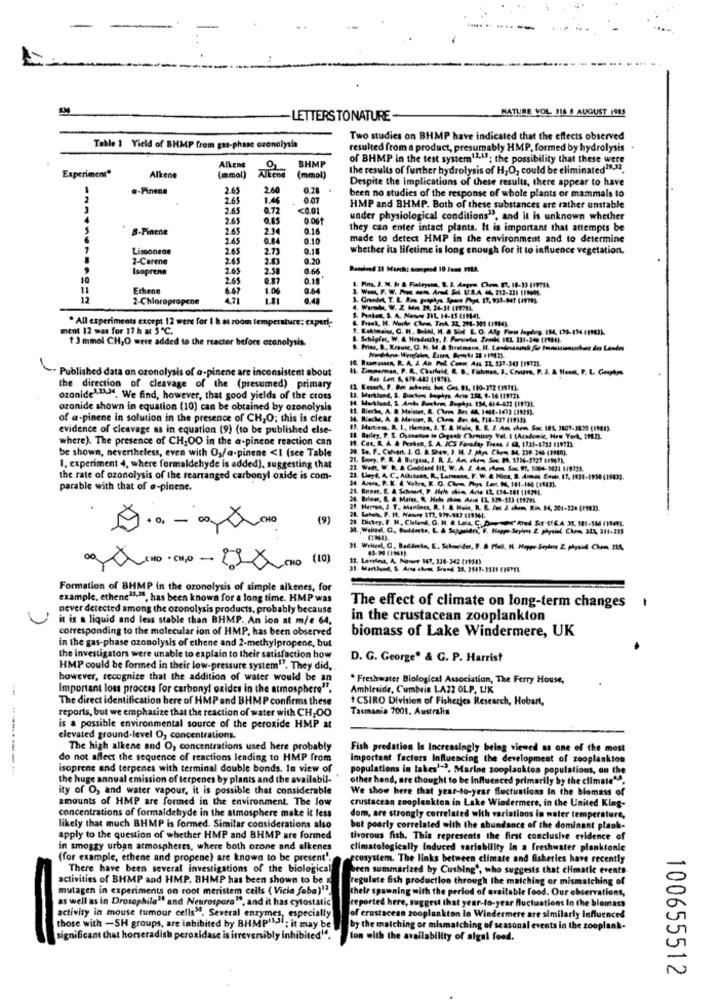
NATURE VOL 316 8 AUGUST 1915
LETTERS TONATURE -
Two studies on BHMP have indicated that the effects observed
Table 1 Yield of 8HMP from gas-phase ozonolysis
resulted from a product, presumably HMP, formed by hydrolysis
of BHMP in the test system12,13; the possibility that these were
Experiment"
Alken
(mmel)
BHMP
the results of further hydrolysis of H2O, could be eliminated29.32.
Alkene
Alien
Despite the implications of these results, there appear to have
.- Pinene
2.65
2.60
2.65
1.46
0.07
been no studies of the response of whole plants or mammals to
2.65
0.72
<0.01
HMP and BHMP. Both of these substances are rather unstable
2.65
0.85
under physiological conditions", and it is unknown whether
B-Pinene
2.65
23
0.16
they can enter intact plants. It is important that attempts be
2.65
0.10
made to detect HMP in the environment and to determine
Limonene
2.65
0.18
whether its lifetime is long enough for it to influence vegetation.
2-Carene
2.65
2.83
0 20
Isoprene
2.65
2.58
0.66
2.65
0.87
0.18
1. Png, J. M. In & Fialeysha, B. A. Anprm. Chrms It, 18-33 -11975k.
Ethene
367
1.06
0.64
12
2-Chloropropene
. All experiments except 12 were for 1 h at room temperature: experi-
S. Pantes, S. A. Nowe 311, 14-15 (191-4).
6. Frast, H. Narhe. CMen TreA, 32, 241-305 (1994).
ment 12 was for 17 h at 5 ℃.
1 3 mmol CH,O were added to the reactor before ezenolysis.
1. Schlofer, W. A Hoodeuhy, I. Paroles Zenki 161. 231-346 (1994).
. Published data on ozonolysis of a-pinene are inconsistent about
IL Zimmerman, P. R ., Chufield, R. B ., Fishman, I, Cours, P. J. A Haast, P. L. Conphys
Res Len A, 679-422 11978).
the direction of cleavage of the (presumed) primary
Krasch, F. Om sekeris het Ges. #1, 110-272 (1931).
ozonide1.1A.M. We find, however, that good yields of the cross
1. Marklund, S. Bockins Hophya, Arto 152, 9-16 11972).
14. Muslund, S. Ante Boxchom, Bughys. 154, 664-472 (1973].
ozanide shown in equation (10) can be obtained by ozonolysis
of a-pinene in solution in the presence of CH,O; this is clear
evidence of cleavage as in equation (9) (to be published else-
17. Maniem, R. L. Heman, J. T. A Hole, R. E. I. Am chem, Sse. 181, 3807- 3830 (11).
where). The presence of CH,OO in the a-pinene reaction can
Il Bailey, P. S. Oysaasign in Orgsake Chrmunagy Vol. 1 |Academie, New York, 1912).
19. Can, R. A. & Pushen, S. A. ICS Foradap Trans # CA, 1736-1733 119212.
be shown, nevertheless, even with O,/a-pinene <I (see Table
1. experiment 4, where formaldehyde is added), suggesting that
22 Wiet, W. R. A. Goddard IIL, W. A. 2. 4m rden Sos 97, 3004-3424 14921).
the rate of ozonolysis of the rearranged carbonyl oxide is com-
21. Uwyd, A. C ., Adinsan, R ., Lurmann. F. W. A. Hina, B. Ammas Esoir. 17, 1938-1950 (1983).
parable with that of a-pinene.
21. Herren, J. T ., Marines, R. 1. A Hole, R. B. fet J. chem, Rin. 14, 201-224 (PMI).
21. Sobehs. F. H. Maury 177, 979-982 119541.
Wald, C ., Butdesta, L. & Schamidri, F. Happe Seyles 2 physial Chem 323, 311-215
00 A (10 - CH,0 - 22(NO (10)
Formation of BHMP in the ozonolysis of simple alkenes, for
example, ethene ., has been known for a long time. HMP was
never detected among the ozonolysis products, probably because
The effect of climate on long-term changes
it is a liquid and less stable than BHMP. An ion at m/e 64,
in the crustacean zooplankton
corresponding to the molecular ion of HMP, has been observed
biomass of Lake Windermere, UK
in the gas-phase azonolysis of ethene and 2-methylpropene, but
the Investigators were unable to explain to their satisfaction how
D. G. George® & G. P. Harrist
HMP could be formed in their low-pressure system". They did,
however, recognize that the addition of water would be an
. Freshwater Biological Association, The Ferry House,
-
Important loss process for carbonyl oxides in the atmosphere?".
Ambleside, Cumbria LA22 OLP, UK
The direct identification here of HMP and BHMP confirms these
CSIRO Division of Fisheries Research, Hobart,
reports, but we emphasize that the reaction of water with CH,OO
Tasmania 7001. Australia
is a possible environmental source of the peroxide HMP at
elevated ground-level O, concentrations,
The high alkene and O, concentrations used here probably
Fish predation Is Increasingly being viewed as one of the most
do not affect the sequence of reactions leading to HMP from
important factors Influencing the development of zooplankton
--------
isoprene and terpenes with terminal double bonds. In view of
populations in lakes'=>. Marine zooplankton populations, on the
the huge annual emission of terpenes by plants and the availabil-
other hand, are thought to be Influenced primarily by the climate"".
ity of O, and water vapour, it is possible that considerable
We show here that year-to-year fluctuations In the biomass of
amounts of HMP are formed in the environment. The low
crustacean zooplankton in Lake Windermere, in the United King-
concentrations of formaldehyde in the atmosphere make it less
dom, are strongly correlated with variations in water temperature,
likely that much BHMP is formed. Similar considerations also
but poorly correlated with the abundance of the dominant plank-
apply to the question of whether HMP and BHMP are formed
tivorous fish. This represents the first conclusive evidence of
in smoggy urban atmospheres, where both ozone and alkenes
climatologically induced variability In a freshwater planktonic
(for example, ethene and propene) are known to be present'.
ecosystem. The links between climate and fisheries have recently
There have been several investigations of the biological
been summarized by Cushing', who suggests that climatic events
activities of BHMP and HMP. BHMP has been shown to be a
regulate fish production through the matching or mismatching of
mutagen in experiments on root meristem cells ( Vicia faba)13.
thele spawning with the period of available food. Our observations,
as well as in Drosophile"" and Neurospora", and it has cytostatic
reported here, suggest that year-to-year fluctuations In the biomass
activity in mouse tumour cells". Several enzymes, especially
of crustacean zooplankton In Windermere art
fluences
those with -SH groups, are inhibited by BHMPIll; it may be
by the matching or mismatching of seasonal event
the zooplank-
significant that horseradish peroxidase is irreversibly inhibited".
lon with the availability of algal food.
100655512